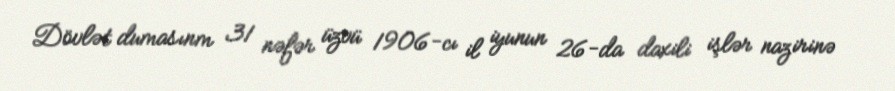
Dövlət dumasınm 31 nəfər üzvü 1906-cı il iyunun 26-da daxili işlər nazirinə